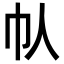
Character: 𫶾